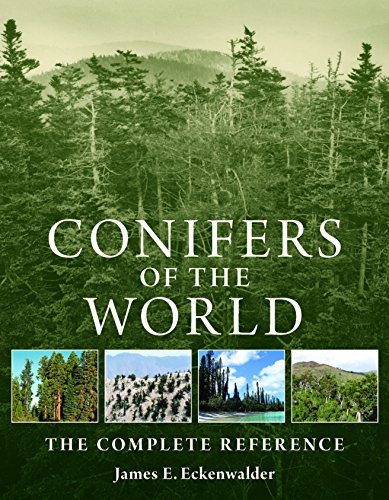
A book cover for Conifers of the World: The Complete Reference; James E. Eckenwalder; Crafts, Hobbies & Home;